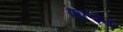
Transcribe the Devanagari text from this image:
फ़्ल्ड्स